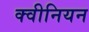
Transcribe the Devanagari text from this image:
क्वीनियन